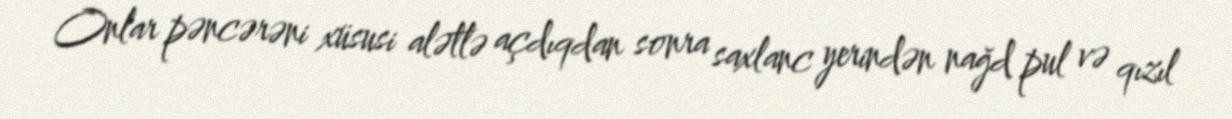
Onlar pəncərəni xüsusi alətlə açdıqdan sonra saxlanc yerindən nağd pul və qızıl